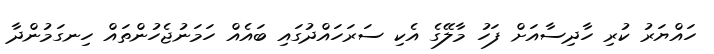
ހައްޔަރު ކުރި ހާދިސާއަށް ފަހު މާލޭގެ އެކި ސަރަހައްދުގައި ބައެއް ހަމަނުޖެހުންތައް ހިނގަމުންދާ